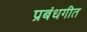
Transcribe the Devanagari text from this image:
प्रबंधगीत